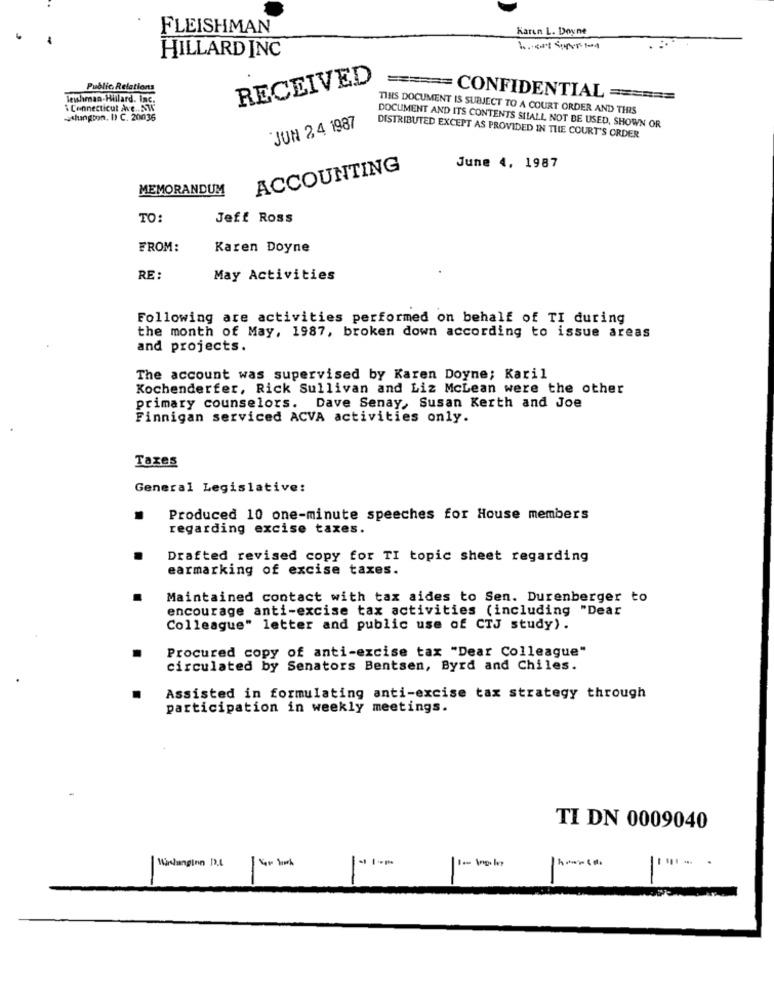
FLEISHMAN
Karen L. Doyne
HILLARD INC
RECEIVED
Public Relations
lewhman-Hillard. Inc.
====== CONFIDENTIAL ======
Connecticut Ave NW
TINS DOCUMENT IS SUBJECT TO A COURT ORDER AND THIS
estungton, I) C. 20036
JUN 24 1987
DOCUMENT AND ITS CONTENTS SHALL NOT BE USED, SHOWN OR
DISTRIBUTED EXCEPT AS PROVIDED IN THE COURT'S ORDER
ACCOUNTING
June 4, 1987
MEMORANDUM
TO:
Jeff Ross
FROM:
Karen Doyne
RE :
May Activities
Following are activities performed on behalf of TI during
the month of May, 1987, broken down according to issue areas
and projects.
The account was supervised by Karen Doyne; Karil
Kochenderfer, Rick Sullivan and Liz McLean were the other
primary counselors. Dave Senay, Susan Kerth and Joe
Finnigan serviced ACVA activities only.
Tazes
General Legislative:
Produced 10 one-minute speeches for House members
regarding excise taxes.
Drafted revised copy for TI topic sheet regarding
earmarking of excise taxes.
Maintained contact with tax aides to Sen. Durenberger to
encourage anti-excise tax activities (including "Dear
Colleague" letter and public use of CTJ study).
Procured copy of anti-excise tax "Dear Colleague"
circulated by Senators Bentsen, Byrd and Chiles.
Assisted in formulating anti-excise tax strategy through
participation in weekly meetings.
TI DN 0009040
Wirdangine 10.6